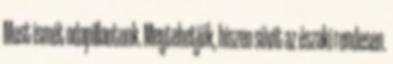
Most ismét odapillantunk. Megtehetjük, hiszen süvít az északi rendesen.